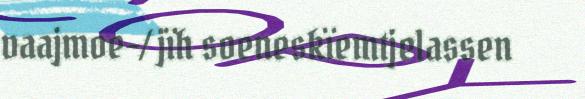
vaajmoe-/ jïh soeneskïemtjelassen